342_HS1-416511228_319.1 Flying Discs 1949
Agency: Department of War
Incident date: 1/9/50
Page 10
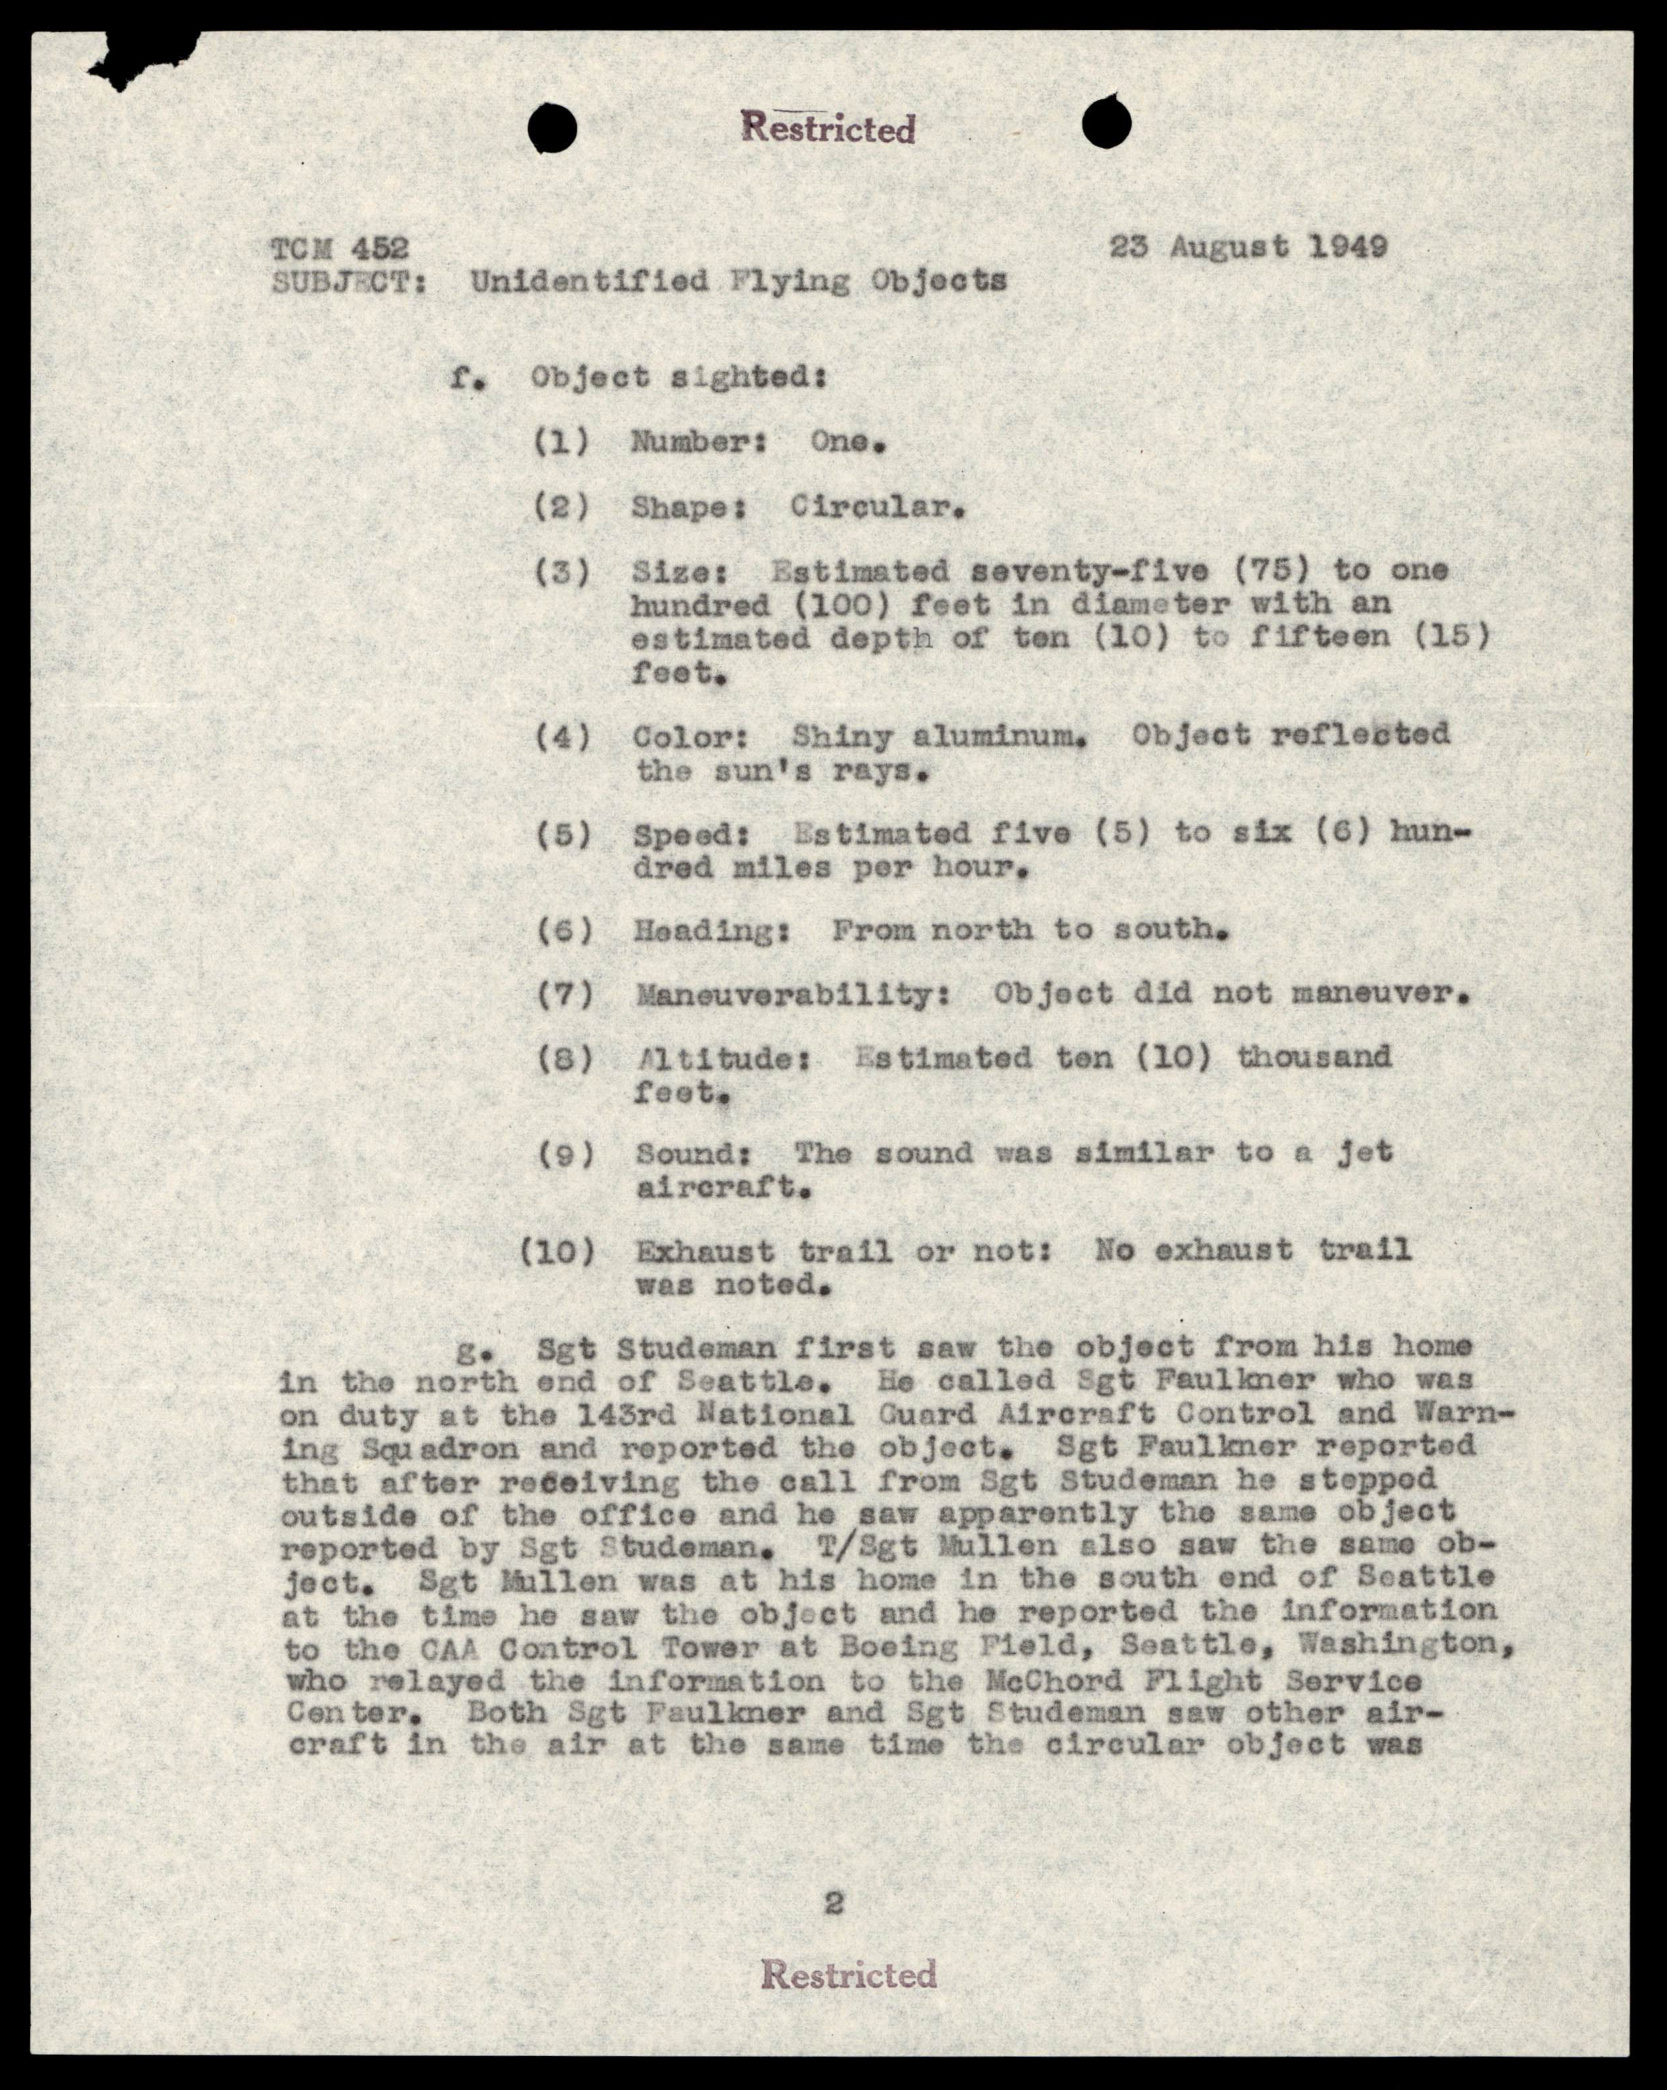